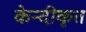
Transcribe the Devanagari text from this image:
केन्दीकृत